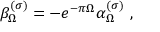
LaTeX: \beta _ { \Omega } ^ { ( \sigma ) } = - e ^ { - \pi \Omega } \alpha _ { \Omega } ^ { ( \sigma ) } \ ,